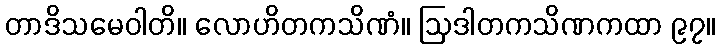
တာဒိသမေဝါတိ။ လောဟိတကသိဏံ။ ဩဒါတကသိဏကထာ ၉၇။